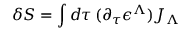
\delta S = \int d \tau \, ( \partial _ { \tau } \epsilon ^ { \Lambda } ) J _ { \Lambda }